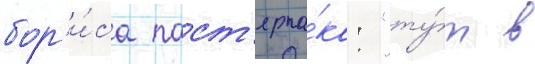
бор'и́са паст'ерна́ка: "ту́т в